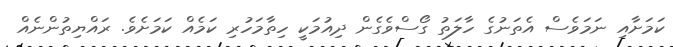
ކަމަށާއި ނަމަވެސް އެތަނުގެ ހާލަތު ގޯސްވެގެން ދިއުމަކީ ހިތާމަހުރި ކަމެއް ކަމަށެވެ. ރައްޔިތުންނެއް